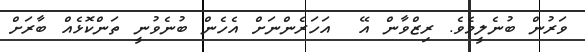
ވަރުން ބުނެލީމެވެ. ރިޒްވާން އޭ  އަހަރެންނަށް އެހެން ބުނެވުނީ ތަންކޮޅެއް ބާރަށް